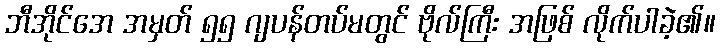
ဘီအိုင်အေ အမှတ် ၅၅ ဂျပန်တပ်မတွင် ဗိုလ်ကြီး အဖြစ် လိုက်ပါခဲ့၏။